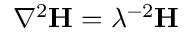
\nabla ^ { 2 } \mathbf { H } = \lambda ^ { - 2 } \mathbf { H }